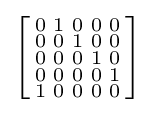
\left[{\begin{smallmatrix}0&1&0&0&0\\0&0&1&0&0\\0&0&0&1&0\\0&0&0&0&1\\1&0&0&0&0\\\end{smallmatrix}}\right]